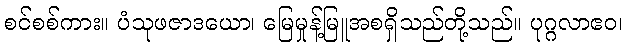
စင်စစ်ကား။ ပံသုဖဇာဒယော၊ မြေမှုန့်မြူအစရှိသည်တို့သည်။ ပုဂ္ဂလာဧဝ၊